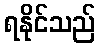
ရနိုင်သည်